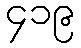
၄၁၉